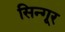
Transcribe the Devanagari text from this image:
सिन्गूर